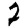
Digit: 2